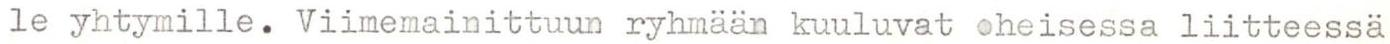
le yhtymille. Viimemainittuun ryhmään kuuluvat oheisessa liitteessä